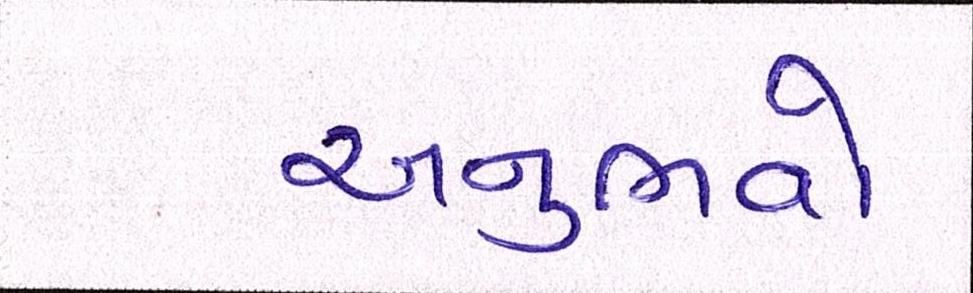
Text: અનુભવો